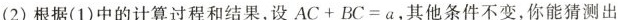
(2)根据(1)中的计算过程和结果，设$$A C + B C = a$$，其他条件不变，你能猜测出